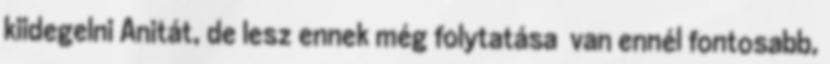
kiidegelni Anitát, de lesz ennek még folytatása van ennél fontosabb,